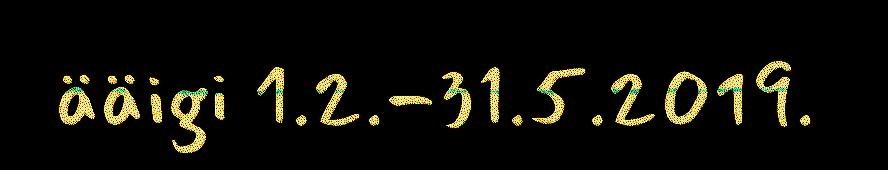
ääigi 1.2.-31.5.2019.